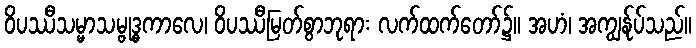
ဝိပဿီသမ္မာသမ္ဗုဒ္ဓကာလေ၊ ဝိပဿီမြတ်စွာဘုရား လက်ထက်တော်၌။ အဟံ၊ အကျွန်ုပ်သည်။